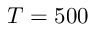
T = 5 0 0